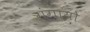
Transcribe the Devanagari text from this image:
गंगायो